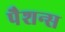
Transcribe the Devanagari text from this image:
पैशन्स